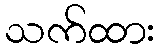
သက်ထား